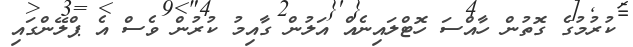
ކުރުމުގެ ގޮތުން ހާއްސަ ހޮޓްލައިނެއް އަލުން ގާއިމު ކުރުން ވެސް އެ ޕްލޭންގައި